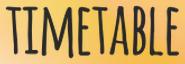
TIMETABLE